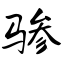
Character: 骖